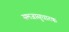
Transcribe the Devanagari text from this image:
समजासुधारक